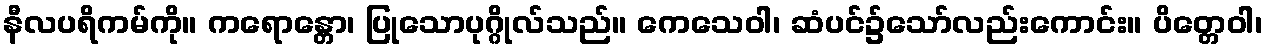
နီလပရိကမ်ကို။ ကရောန္တော၊ ပြုသောပုဂ္ဂိုလ်သည်။ ကေသေဝါ၊ ဆံပင်၌သော်လည်းကောင်း။ ပိတ္တေဝါ၊